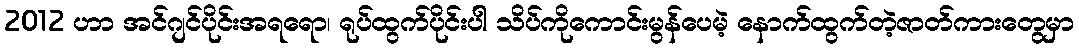
2012 ဟာ အင်ဂျင်ပိုင်းအရရော၊ ရုပ်ထွက်ပိုင်းပါ သိပ်ကိုကောင်းမွန်ပေမဲ့ နောက်ထွက်တဲ့ဇာတ်ကားတွေမှာ